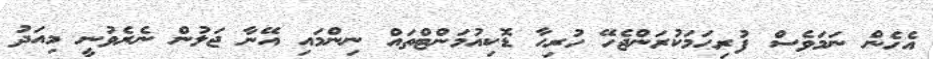
އެހެން ނަމަވެސް ފުރިހަމަކުރަންޖެހޭ ހުރިހާ ޑޮކިއުމަންޓްތައް ނިންމައި އޭނާ ޖަލުން ނެރެވުނީ މިއަދު